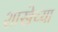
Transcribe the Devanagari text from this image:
शाखेच्‍या